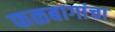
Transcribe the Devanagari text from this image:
फळबागांचा